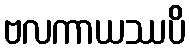
ဗလကာယဿပိ